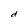
Character: d